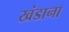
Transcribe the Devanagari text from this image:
खंडाना